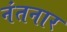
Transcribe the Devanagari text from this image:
नंतनार